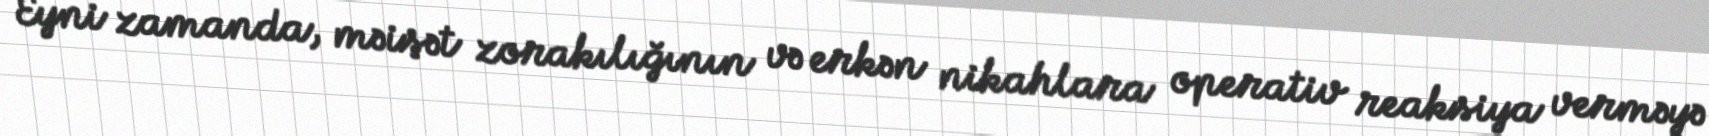
Eyni zamanda, məişət zorakılığının və erkən nikahlara operativ reaksiya verməyə